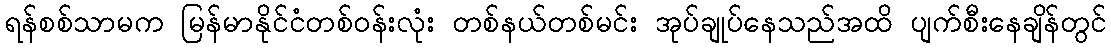
ရန်စစ်သာမက မြန်မာနိုင်ငံတစ်ဝန်းလုံး တစ်နယ်တစ်မင်း အုပ်ချုပ်နေသည်အထိ ပျက်စီးနေချိန်တွင်